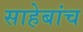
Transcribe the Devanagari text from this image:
साहेबांच